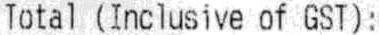
TOTAL (INCLUSIVE OF GST) :